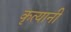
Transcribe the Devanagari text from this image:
कृत्यानी